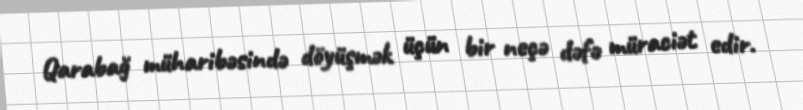
Qarabağ müharibəsində döyüşmək üçün bir neçə dəfə müraciət edir.